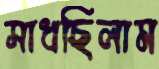
সাধছিলাম